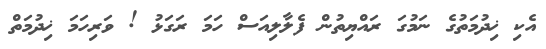
އެކި ޚިދުމަތުގެ ނަމުގަ ރައްޔިތުން ފެލާލިއަސް ހަމަ ރަގަޅު ! ވަރިހަމަ ޚިދުމަތް